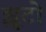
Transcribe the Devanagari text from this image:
झूटो